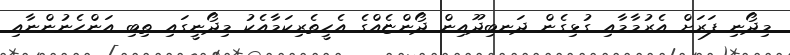
މިދޯނި ފަރަށް އެރުމާމާއި ގުޅިގެން ދަނބިދޫއިން ދޯންޏެއްގެ އެހީތެރިކަމާއެކު މިދޯނީގައި ތިބި އަންހެނުންނާއި